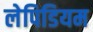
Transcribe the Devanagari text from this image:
लेपिडियम